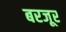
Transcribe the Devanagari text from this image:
बरजूर